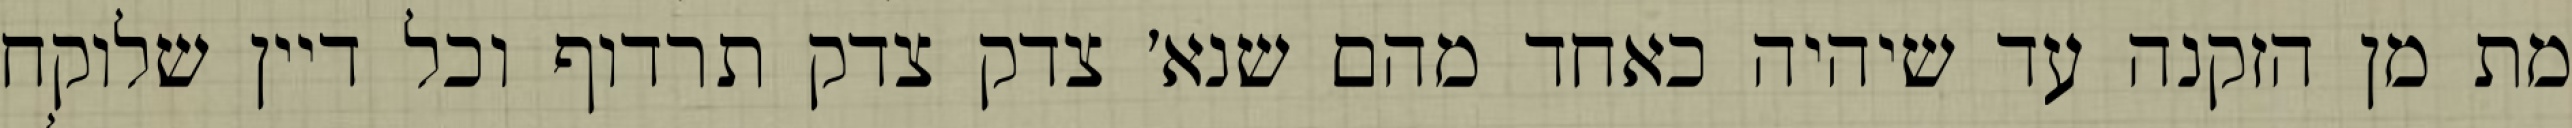
מת מן הזקנה עד שיהיה כאחד מהם שנא׳ צדק צדק תרדוף וכל דיין שלוקח